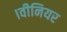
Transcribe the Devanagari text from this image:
।वीनियर